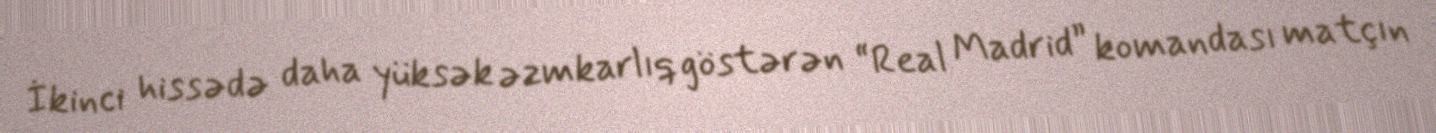
İkinci hissədə daha yüksək əzmkarlıq göstərən “Real Madrid” komandası matçın